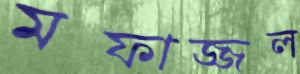
মফাজ্জল